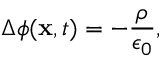
\Delta \phi ( \mathbf { x } , t ) = - \frac { \rho } { \epsilon _ { 0 } } ,